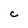
Character: C